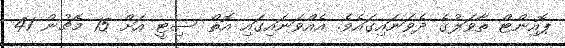
ޕޮއިންޓް ތާވަލުގެ ދެވަނައިގައެވެ. އެއްވަނައިގައި އޮތް ސިޓީ އަށް 15 މެޗުން 41